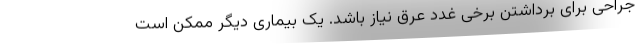
جراحی برای برداشتن برخی غدد عرق نیاز باشد. یک بیماری دیگر ممکن است